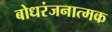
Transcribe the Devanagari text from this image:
बोधरंजनात्मक